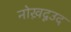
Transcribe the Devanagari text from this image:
नोख़दूउद